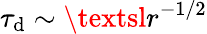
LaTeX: \tau_{\mathrm{d}}\sim\textsl{{r}}^{-1/2}